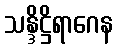
သန္ဒိဋ္ဌိရာဂေန